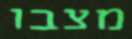
מצבו